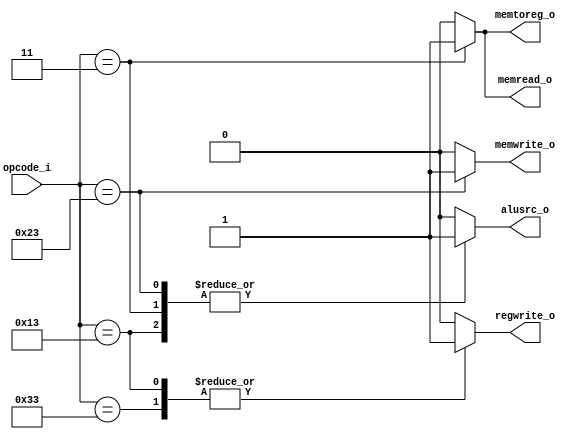
/*
	Grupo:5CV3
	Proyecto:    monociclo_FPGA
	Archivo:extensiondesigno.v
	Equipo:Equipo 3
	Integrantes:Abraham Roman Ramrez
					Andrade Jimnez Jonathan 
					Brenda Vergara Martnez
					Kaleb Yael De La Rosa Gutirrez
					Osmar Alejandro Garcia Jimnez
	Descripcion:Esta estapa decodifica el opcode pasa ver si se debe escribir en el banco de registros
						
*/
module decodificador( //etapa de control 
  input			[6:0] opcode_i,
  output 	reg   	regwrite_o,
  output 	reg   	alusrc_o,
  output 	reg   	memwrite_o,
  output 	reg   	memread_o,
  output		reg		memtoreg_o
);

	//wire  [6:0]  opcode_w;
	//assign       opcode_w = instruccion_i[6:0];

	always @(*)
	begin
		case(opcode_i)
			7'b0010011:     //tipo I
				begin 
					regwrite_o	=	1'b1;
					alusrc_o 	=  1'b1;
					memwrite_o  =  1'b0;
					memread_o   =  1'b0;
					memtoreg_o  =  1'b0;
				end
			7'b0110011:     //tipo R
				begin 
					regwrite_o	=	1'b1;
					alusrc_o 	=  1'b0;
					memwrite_o  =  1'b0;
					memread_o   =  1'b0;
					memtoreg_o  =  1'b0;
				end	
			7'b0100011:     //tipo S
				begin 
					regwrite_o	=	1'b0;
					alusrc_o 	=  1'b1;
					memwrite_o  =  1'b1;
					memread_o   =  1'b0;
					memtoreg_o  =  1'b0;
				end	
			7'b0000011:     //tipo Load
				begin 
					regwrite_o	=	1'b0;
					alusrc_o 	=  1'b1;
					memwrite_o  =  1'b0;
					memread_o   =  1'b1;
					memtoreg_o  =  1'b1;
				end
			default:   //instruccion no soportada  
				begin 
					regwrite_o  =  1'b0;
					alusrc_o    =  1'b0;
					memwrite_o  =  1'b0;
					memread_o   =  1'b0;
				   memtoreg_o  =  1'b0;	
				end
		endcase 
	end
endmodule